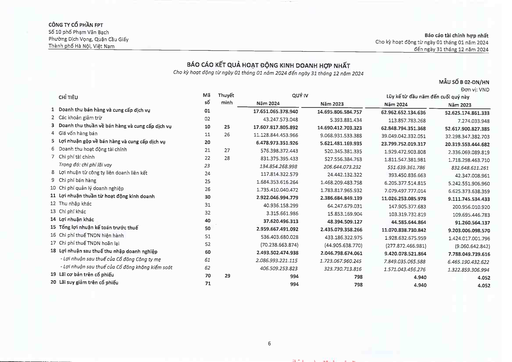
|CHỈ TIÊU|Mã|Thuyết|QUÝ|IV|Lũy kế từ đầu năm|MẪU SỐ B 02-DN/HN Đơn vị: VND đến cuối quý này| |---|---|---|---|---|---|---| ||số|minh|Năm 2024|Năm 2023|Năm 2024|Năm 2023| |1 Doanh thu bán hàng và cung cấp dịch vụ|01||17.651.065.378.940|14.695.806.584.757|62.962.652.134.636|52.625.174.861.333| |2 Các khoản giảm trừ|02||43.247.573.048|5.393.881.434|113.857.783.268|7.274.033.948| |3 Doanh thu thuần về bán hàng và cung cấp dịch vụ|10|25|17.607.817.805.892|14.690.412.703.323|62.848.794.351.368|52.617.900.827.385| |4 Giá vốn hàng bán|11|26|11.128.844.453.966|9.068.931.533.388|39.049.042.332.051|32.298.347.382.703| |5 Lợi nhuận gộp về bán hàng và cung cấp dịch vụ|20||6.478.973.351.926|5.621.481.169.935|23.799.752.019.317|20.319.553.444.682| |6 Doanh thu hoạt động tài chính|21|27|576.398.372.443|520.345.381.335|1.929.472.903.808|2.336.069.089.819| |7 Chi phí tài chính|22|28|831.375.395.433|527.556.384.763|1.811.547.381.981|1.718.298.463.710| |Trong đó: chi phí lãi vay|23||134.854.268.998|206.644.073.232|551.639.361.786|832.648.611.261| |8 Lợi nhuận từ công ty liên doanh liên kết|24||117.814.322.579|24.442.132.322|393.450.836.663|42.347.008.961| |9 Chi phí bán hàng|25||1.684.353.616.264|1.468.209.483.758|6.205.377.514.815|5.242.551.906.960| |10 Chi phí quản lý doanh nghiệp|26||1.735.410.040.472|1.783.817.965.932|7.079.497.777.014|6.625.373.638.359| |11 Lợi nhuận thuần từ hoạt động kinh doanh|30||2.922.046.994.779|2.386.684.849.139|11.026.253.085.978|9.111.745.534.433| |12 Thu nhập khác|31||40.936.158.299|64.247.679.031|147.905.377.683|200.956.010.920| |13 Chi phí khác|32||3.315.661.986|15.853.169.904|103.319.732.819|109.695.446.783| |14 Lợi nhuận khác|40||37.620.496.313|48.394.509.127|44.585.644.864|91.260.564.137| |15 Tổng lợi nhuận kế toán trước thuế|50||2.959.667.491.092|2.435.079.358.266|11.070.838.730.842|9.203.006.098.570| |16 Chi phí thuế TNDN hiện hành|51||536.403.680.028|433.186.322.975|1.928.632.675.959|1.424.017.001.796| |17 Chi phí thuế TNDN hoãn lại|52||(70.238.663.874)|(44.905.638.770)|(277.872.466.981)|(9.060.642.842)| |18 Lợi nhuận sau thuế thu nhập doanh nghiệp|60||2.493.502.474.938|2.046.798.674.061|9.420.078.521.864|7.788.049.739.616| |Lợi nhuận sau thuế của Cổ đông Công ty mẹ|61||2.086.993.221.115|1.723.067.960.245|7.849.035.065.588|6.465.190.432.622| |- Lợi nhuận sau thuế của Cổ đông không kiểm soát|62||406.509.253.823|323.730.713.816|1.571.043.456.276|1.322.859.306.994| |19 Lãi cơ bản trên cổ phiếu|70|29|994|798|4.940|4.052| |20 Lãi suy giảm trên cổ phiếu|71||994|798|4.940|4.052|